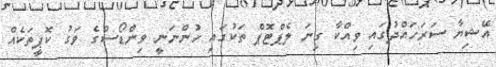
އޭޝިޔާ ސަރަހައްދުގައި ވިއްކާ ގިނަ ލެޕްޓޮޕް ތަކުގައި ހުންނަނީ ވިންޑޯސްގެ ވަގު ކޮޕީތަކެއް